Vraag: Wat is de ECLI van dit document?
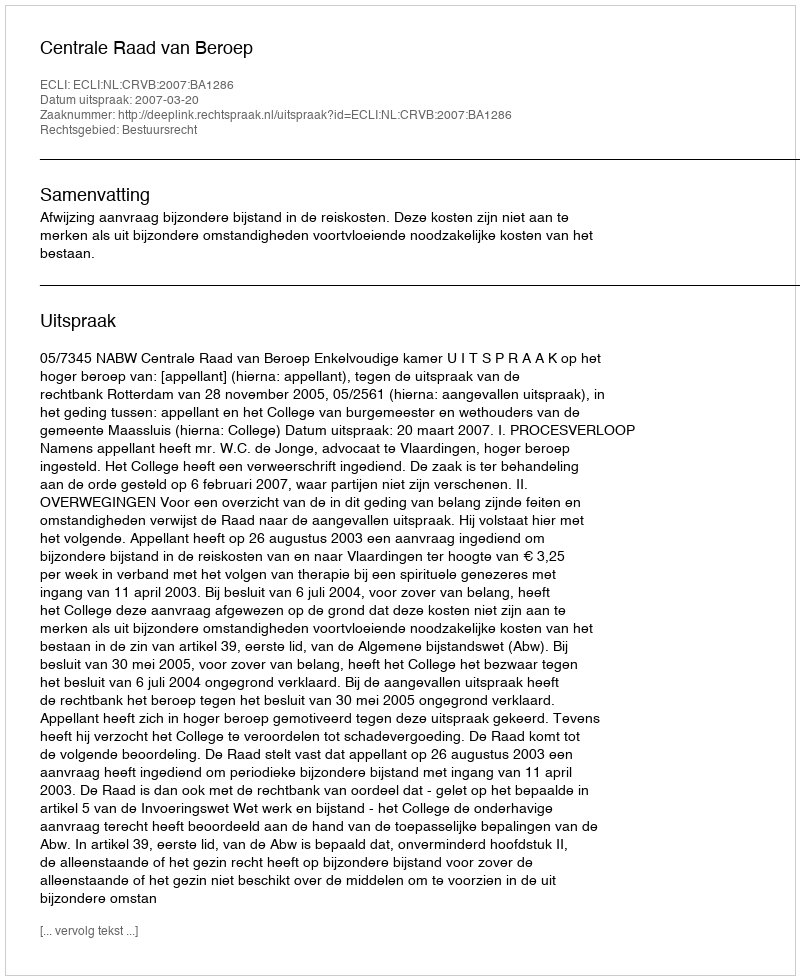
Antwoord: ECLI:NL:CRVB:2007:BA1286